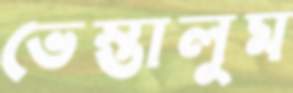
ভেস্তালুম